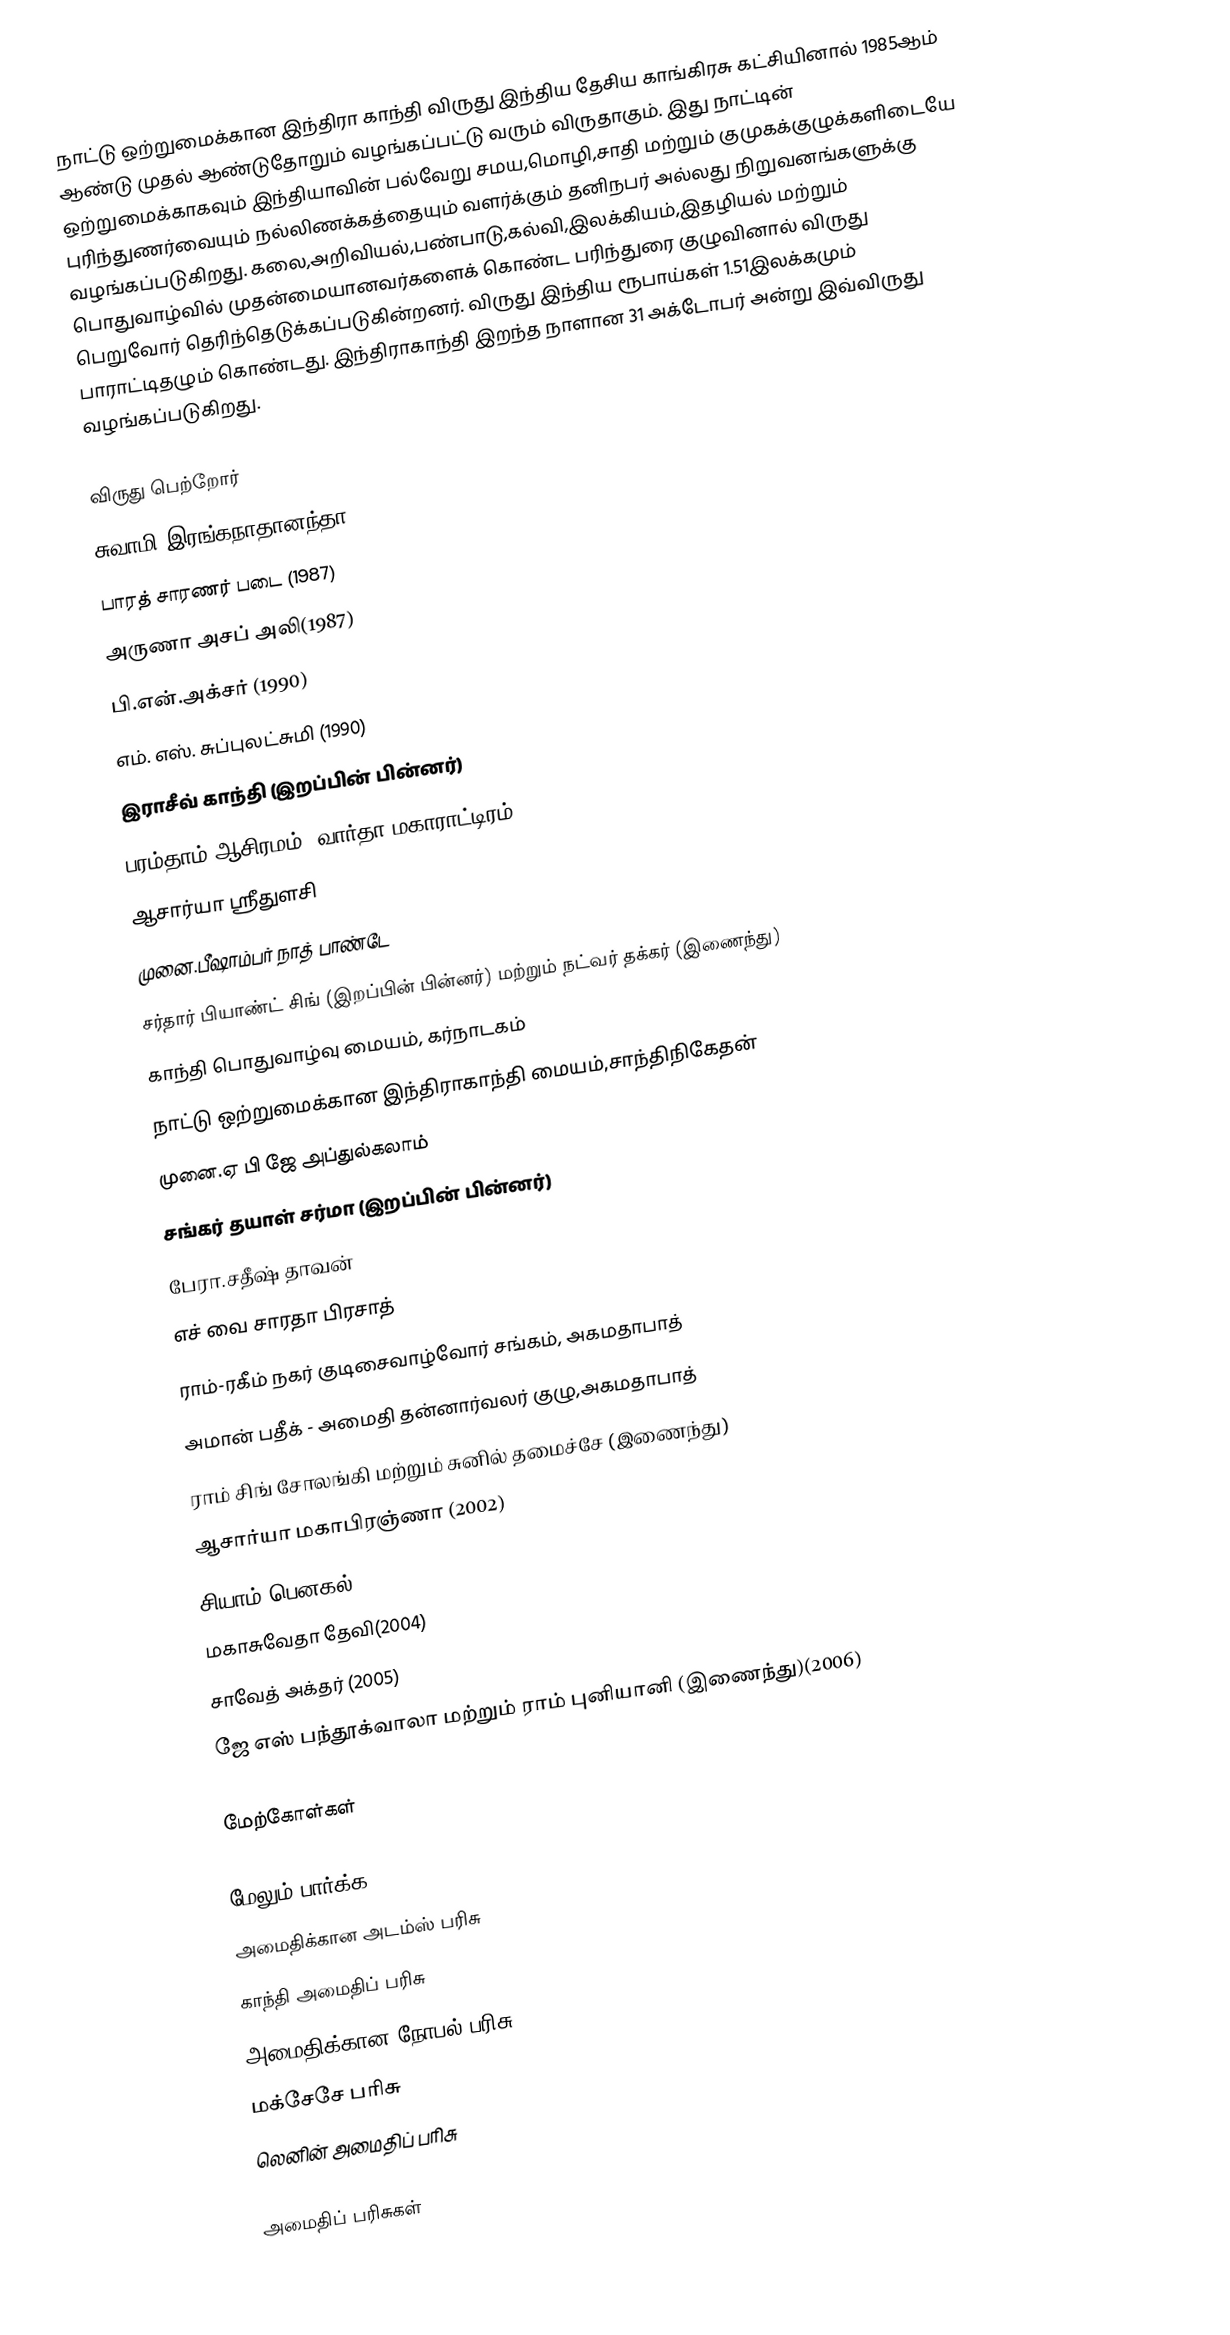
நாட்டு ஒற்றுமைக்கான இந்திரா காந்தி விருது இந்திய தேசிய காங்கிரசு கட்சியினால் 1985ஆம் ஆண்டு முதல் ஆண்டுதோறும் வழங்கப்பட்டு வரும் விருதாகும். இது நாட்டின் ஒற்றுமைக்காகவும் இந்தியாவின் பல்வேறு சமய,மொழி,சாதி மற்றும் குமுகக்குழுக்களிடையே புரிந்துணர்வையும் நல்லிணக்கத்தையும் வளர்க்கும் தனிநபர் அல்லது நிறுவனங்களுக்கு வழங்கப்படுகிறது. கலை,அறிவியல்,பண்பாடு,கல்வி,இலக்கியம்,இதழியல் மற்றும் பொதுவாழ்வில் முதன்மையானவர்களைக் கொண்ட பரிந்துரை குழுவினால் விருது பெறுவோர் தெரிந்தெடுக்கப்படுகின்றனர். விருது இந்திய ரூபாய்கள் 1.51இலக்கமும் பாராட்டிதழும் கொண்டது.   இந்திராகாந்தி இறந்த நாளான 31 அக்டோபர் அன்று இவ்விருது வழங்கப்படுகிறது.

விருது பெற்றோர்
 சுவாமி இரங்கநாதானந்தா (1987)
 பாரத் சாரணர் படை (1987)
 அருணா அசப் அலி(1987)
 பி.என்.அக்சர் (1990)
 எம். எஸ். சுப்புலட்சுமி (1990)
 இராசீவ் காந்தி (இறப்பின் பின்னர்)
 பரம்தாம் ஆசிரமம், வார்தா,மகாராட்டிரம்
 ஆசார்யா ஸ்ரீதுளசி
 முனை.பீஷாம்பர் நாத் பாண்டே
 சர்தார் பியாண்ட் சிங் (இறப்பின் பின்னர்) மற்றும் நட்வர் தக்கர் (இணைந்து)
 காந்தி பொதுவாழ்வு மையம், கர்நாடகம்
 நாட்டு ஒற்றுமைக்கான இந்திராகாந்தி மையம்,சாந்திநிகேதன்
 முனை.ஏ பி ஜே அப்துல்கலாம்
 சங்கர் தயாள் சர்மா (இறப்பின் பின்னர்)
 பேரா.சதீஷ் தாவன்
 எச் வை சாரதா பிரசாத்
 ராம்-ரகீம் நகர் குடிசைவாழ்வோர் சங்கம், அகமதாபாத்
 அமான் பதீக் - அமைதி தன்னார்வலர் குழு,அகமதாபாத்
 ராம் சிங் சோலங்கி மற்றும் சுனில் தமைச்சே (இணைந்து)
 ஆசார்யா மகாபிரஞ்ணா (2002)
 சியாம் பெனகல் (2003)
 மகாசுவேதா தேவி(2004)
 சாவேத் அக்தர் (2005)
 ஜே எஸ் பந்தூக்வாலா மற்றும் ராம் புனியானி (இணைந்து)(2006)

மேற்கோள்கள்

மேலும் பார்க்க
 அமைதிக்கான அடம்ஸ் பரிசு
 காந்தி அமைதிப் பரிசு
 அமைதிக்கான நோபல் பரிசு
 மக்சேசே பரிசு
 லெனின் அமைதிப் பரிசு

அமைதிப் பரிசுகள்